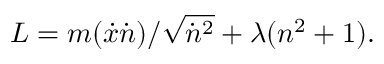
L = m ( { \dot { x } } { \dot { n } } ) / { \sqrt { { \dot { n } } ^ { 2 } } } + \lambda ( n ^ { 2 } + 1 ) . \,